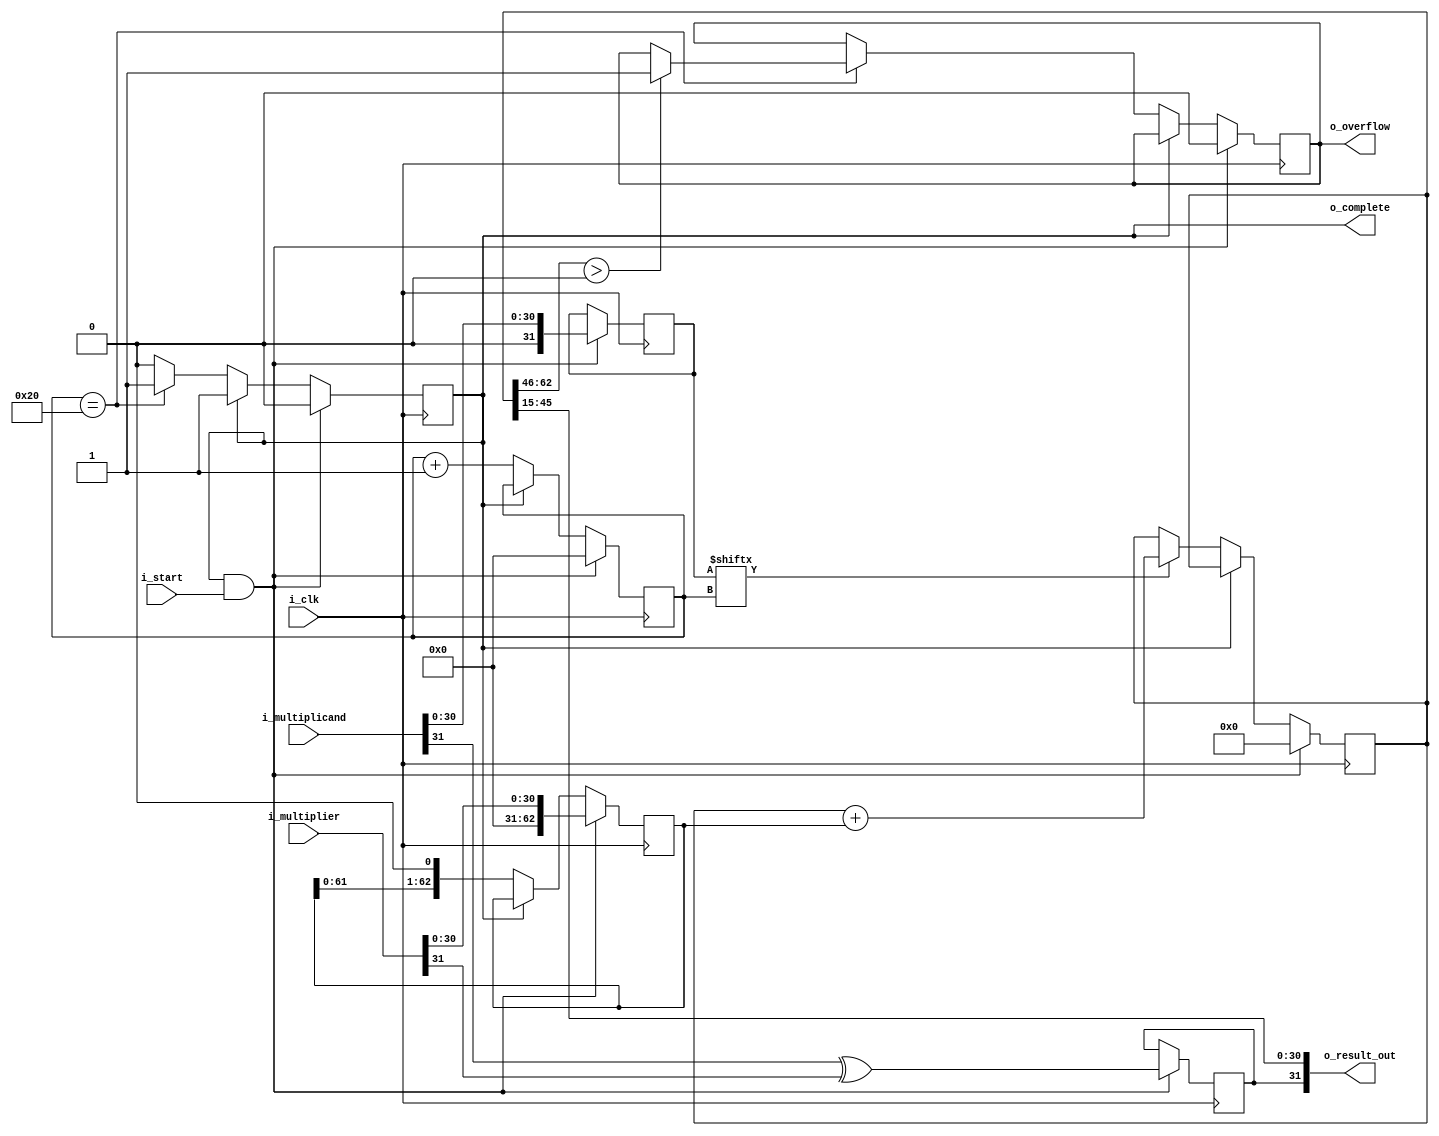
`timescale 1ns / 1ps
//////////////////////////////////////////////////////////////////////////////////
// Company: 
// Engineer: 
// 
// Design Name: 
// Module Name:    qmults 
// Project Name: 
// Target Devices: 
// Tool versions: 
// Description: 
//
// Dependencies: 
//
// Revision: 
// Revision 0.01 - File Created
// Additional Comments: 
//
//////////////////////////////////////////////////////////////////////////////////
module qmults#(
	//Parameterized values
	parameter Q = 15,
	parameter N = 32
	)
	(
	input 	[N-1:0]  i_multiplicand,
	input 	[N-1:0]	i_multiplier,
	input 	i_start,
	input 	i_clk,
	output 	[N-1:0] o_result_out,
	output 	o_complete,
	output	o_overflow
	);

	reg [2*N-2:0]	reg_working_result;		//	a place to accumulate our result
	reg [2*N-2:0]	reg_multiplier_temp;		//	a working copy of the multiplier
	reg [N-1:0]		reg_multiplicand_temp;	//	a working copy of the umultiplicand
	
	reg [N-1:0] 			reg_count; 		//	This is obviously a lot bigger than it needs to be, as we only need 
												//		count to N, but computing that number of bits requires a 
												//		logarithm (base 2), and I don't know how to do that in a 
												//		way that will work for every possibility
										 
	reg					reg_done;		//	Computation completed flag
	reg					reg_sign;		//	The result's sign bit
	reg					reg_overflow;	//	Overflow flag
 
	initial reg_done = 1'b1;			//	Initial state is to not be doing anything
	initial reg_overflow = 1'b0;		//		And there should be no woverflow present
	initial reg_sign = 1'b0;			//		And the sign should be positive
	
	assign o_result_out[N-2:0] = reg_working_result[N-2+Q:Q];	//	The multiplication results
	assign o_result_out[N-1] = reg_sign;								//	The sign of the result
	assign o_complete = reg_done;											//	"Done" flag
	assign o_overflow = reg_overflow;									//	Overflow flag
	
	always @( posedge i_clk ) begin
		if( reg_done && i_start ) begin										//	This is our startup condition
			reg_done <= 1'b0;														//	We're not done			
			reg_count <= 0;														//	Reset the count
			reg_working_result <= 0;											//	Clear out the result register
			reg_multiplier_temp <= 0;											//	Clear out the multiplier register 
			reg_multiplicand_temp <= 0;										//	Clear out the multiplicand register 
			reg_overflow <= 1'b0;												//	Clear the overflow register

			reg_multiplicand_temp <= i_multiplicand[N-2:0];				//	Load the multiplicand in its working register and lose the sign bit
			reg_multiplier_temp <= i_multiplier[N-2:0];					//	Load the multiplier into its working register and lose the sign bit

			reg_sign <= i_multiplicand[N-1] ^ i_multiplier[N-1];		//	Set the sign bit
			end 

		else if (!reg_done) begin
			if (reg_multiplicand_temp[reg_count] == 1'b1)								//	if the appropriate multiplicand bit is 1
				reg_working_result <= reg_working_result + reg_multiplier_temp;	//		then add the temp multiplier
	
			reg_multiplier_temp <= reg_multiplier_temp << 1;						//	Do a left-shift on the multiplier
			reg_count <= reg_count + 1;													//	Increment the count

			//stop condition
			if(reg_count == N) begin
				reg_done <= 1'b1;										//	If we're done, it's time to tell the calling process
				if (reg_working_result[2*N-2:N-1+Q] > 0)			// Check for an overflow
					reg_overflow <= 1'b1;
//			else
//				reg_count <= reg_count + 1;													//	Increment the count
				end
			end
		end
endmodule